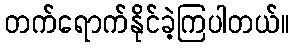
တက်ရောက်နိုင်ခဲ့ကြပါတယ်။